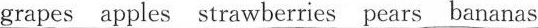
grapes apples strawberries pears bananas